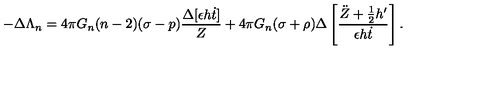
- \Delta \Lambda _ { n } = 4 \pi G _ { n } ( n - 2 ) ( \sigma - p ) \frac { \Delta [ \epsilon h \dot { t } ] } { Z } + 4 \pi G _ { n } ( \sigma + \rho ) \Delta \left[ \frac { \ddot { Z } + \frac { 1 } { 2 } h ^ { \prime } } { \epsilon h \dot { t } } \right] .